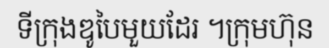
ទីក្រុងឌូបៃមួយដែរ ។ក្រុមហ៊ុន